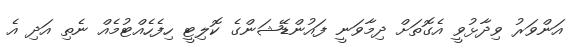
އަންވަރު ވިދާޅުވީ އެގޮތަށް ދިމާވަނީ ފައުންޑޭޝަންގެ ކޮލިޓީ ހިފެހެއްޓުމެއް ނެތި އަދި އެ